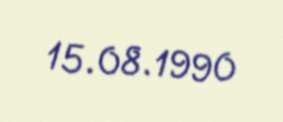
15.08.1990